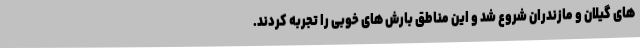
های گیلان و مازندران شروع شد و این مناطق بارش های خوبی را تجربه کردند.